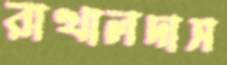
রাখালদাস